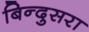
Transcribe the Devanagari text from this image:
बिन्दुसरा